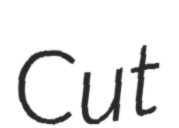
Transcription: Cut